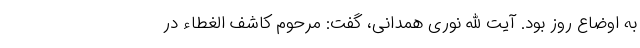
به اوضاع روز بود. آیت الله نوری همدانی، گفت: مرحوم کاشف الغطاء در